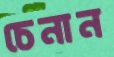
চেনান